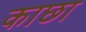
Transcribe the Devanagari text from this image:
काछा